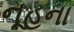
નૂહના